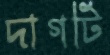
দাগটি